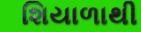
શિયાળાથી